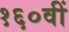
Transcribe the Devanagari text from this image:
१६०वीं